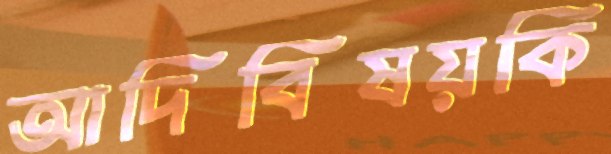
আদিবিষয়কি